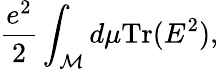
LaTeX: {\frac{e^{2}}{2}}\int_{\cal M}d\mu\mathrm{Tr}(E^{2}),